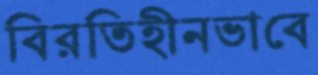
বিরতিহীনভাবে